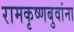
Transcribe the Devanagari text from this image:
रामकृष्णबुवांना